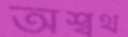
অশ্বথ